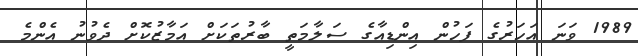
1989 ވަނަ އަހަރުގެ ފަހުން އިންޑިއާގެ ސަލާމަތީ ބާރުތަކަށް އަމާޒުކޮށް ދެވުނު އެންމެ